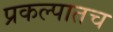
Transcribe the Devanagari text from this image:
प्रकल्पातच